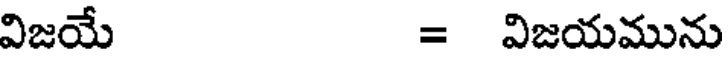
విజయే = విజయమును